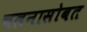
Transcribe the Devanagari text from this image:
चलनासोबत